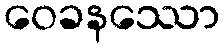
ဝေခနဿော